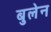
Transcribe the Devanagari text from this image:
बुलेन